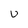
Character: U